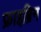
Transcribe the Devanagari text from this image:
फ्राइब्रिन